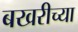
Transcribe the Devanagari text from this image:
बखरीच्या